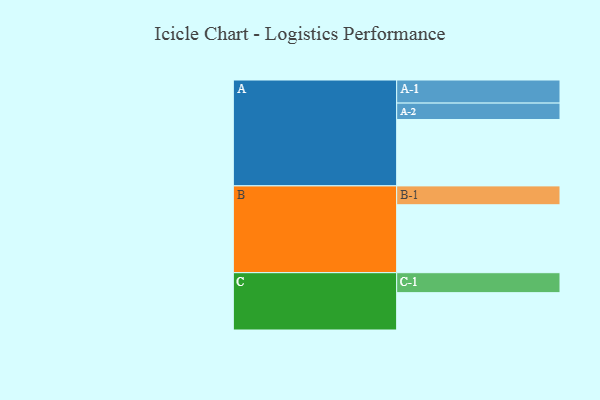
{"axis": {"x": "Segment", "y": "Value"}, "legend": ["", "A", "B", "C"], "data": [{"x": "A", "y": 549, "type": ""}, {"x": "B", "y": 562, "type": ""}, {"x": "C", "y": 309, "type": ""}, {"x": "A-1", "y": 191, "type": "A"}, {"x": "A-2", "y": 136, "type": "A"}, {"x": "B-1", "y": 156, "type": "B"}, {"x": "C-1", "y": 165, "type": "C"}]}